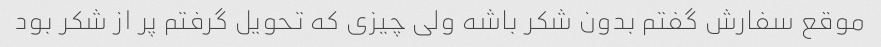
موقع سفارش گفتم بدون شکر باشه ولی چیزی که تحویل گرفتم پر از شکر بود